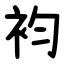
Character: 袀